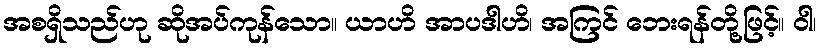
အစရှိသည်ဟု ဆိုအပ်ကုန်သော။ ယာဟိ အာပဒါဟိ၊ အကြင် ဘေးရန်တို့ဖြင့်။ ဝါ၊